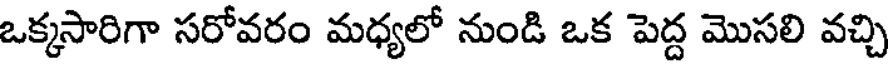
ఒక్కసారిగా సరోవరం మధ్యలో నుండి ఒక పెద్ద మొసలి వచ్చి